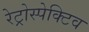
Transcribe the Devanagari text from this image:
रेट्रोस्‍पेक्टिव